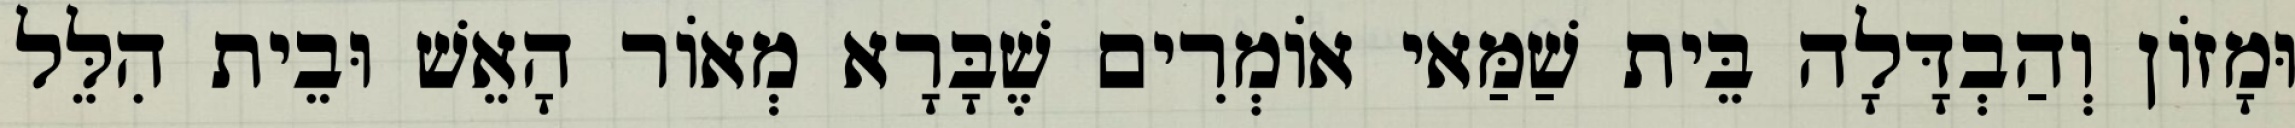
וּמָזוֹן וְהַבְדָּלָה בֵּית שַׁמַּאי אוֹמְרִים שֶׁבָּרָא מְאוֹר הָאֵשׁ וּבֵית הִלֵּל